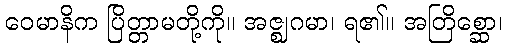
ဝေမာနိက ပြိတ္တာမတို့ကို။ အဇ္ဈဂမာ၊ ရ၏။ အတြိစ္ဆော၊